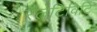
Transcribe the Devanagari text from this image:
रॅलेटिविटि